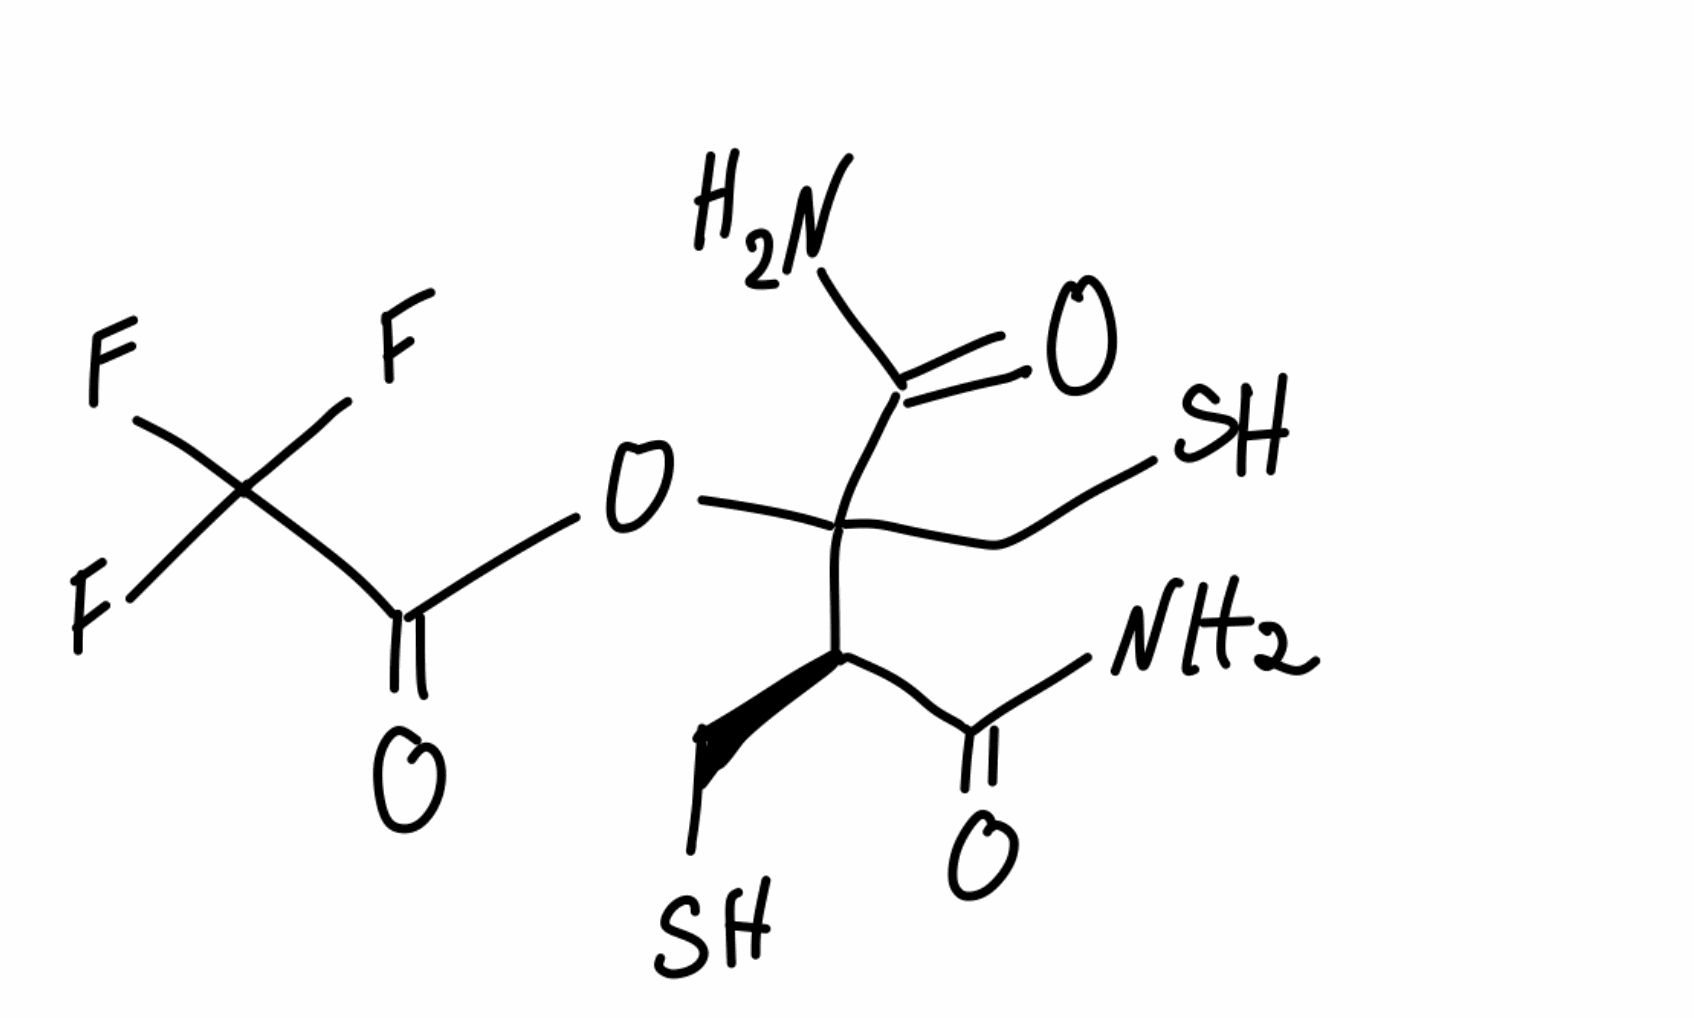
Simplified molecular-input line-entry system (SMILES) notation of the given molecule:
C([C@H](C(=O)N)C(CS)(C(=O)N)OC(=O)C(F)(F)F)S